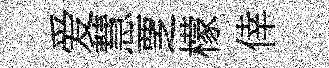
爱慧覂檬倖